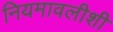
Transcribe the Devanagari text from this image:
नियमावलीशी